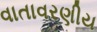
વાતાવરણીય